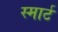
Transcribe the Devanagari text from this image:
स्‍मार्ट